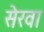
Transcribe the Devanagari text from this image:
सेरवा